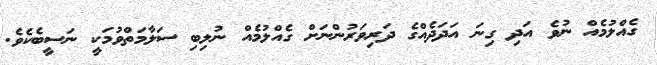
ގެއްލުމެއް ނުވެ އަދި ގިނަ އަދަދެއްގެ ދަރިވަރުންނަށް ގެއްލުމެއް ނުލިބި ސަލާމަތްވުމަކީ ނަސީބެކެވެ.